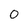
Character: 0